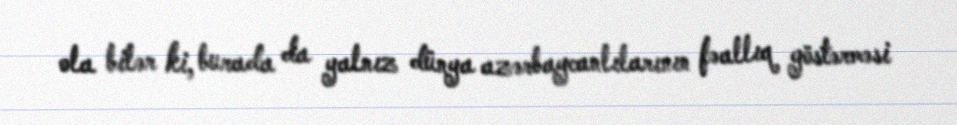
ola bilər ki, burada da yalnız dünya azərbaycanlılarının fəallıq göstərməsi